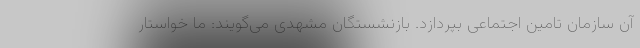
آن سازمان تامین اجتماعی بپردازد. بازنشستگان مشهدی می‌گویند: ما خواستار